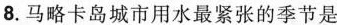
8.马略卡岛城市用水最紧张的季节是